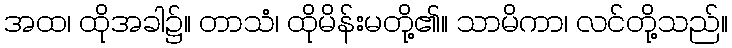
အထ၊ ထိုအခါ၌။ တာသံ၊ ထိုမိန်းမတို့၏။ သာမိကာ၊ လင်တို့သည်။